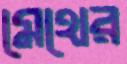
মেথের